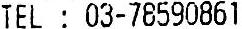
TEL : 03-78590861